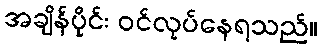
အချိန်ပိုင်း ဝင်လုပ်နေရသည်။